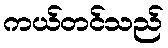
ကယ်တင်သည်